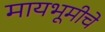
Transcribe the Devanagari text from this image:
मायभूमीचे